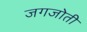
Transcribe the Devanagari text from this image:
जगजोती